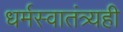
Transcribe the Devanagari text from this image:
धर्मस्वातंत्र्यही